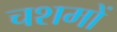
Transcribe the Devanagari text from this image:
चशमों